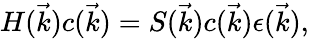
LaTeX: H(\vec{k})c(\vec{k})=S(\vec{k})c(\vec{k})\epsilon(\vec{k}),